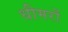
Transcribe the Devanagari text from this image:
धीमरों